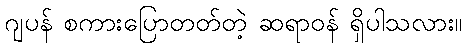
ဂျပန် စကားပြောတတ်တဲ့ ဆရာဝန် ရှိပါသလား။